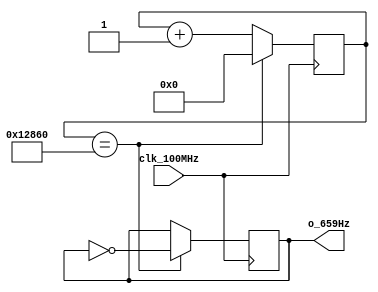
// This program was cloned from: https://github.com/FPGADude/Digital-Design
// License: GNU General Public License v3.0

`timescale 1ns / 1ps
//////////////////////////////////////////////////////////////////////////////////
// Authored by David J. Marion aka FPGA Dude
// Created on 4/29/2022
// Using Vivado 2021.2
// Generating 659Hz signal for music tone 'eH'
//////////////////////////////////////////////////////////////////////////////////

module eH_659Hz(
    input clk_100MHz,
    output o_659Hz    
    );
    
    // 100MHz / 75,872 / 2 = 659.0046Hz
    reg r_659Hz;
    reg [16:0] r_counter = 0;
    
    always @(posedge clk_100MHz)
        if(r_counter == 17'd75_872) begin
            r_counter <= 0;
            r_659Hz <= ~r_659Hz;
            end
        else
            r_counter <= r_counter + 1;

    assign o_659Hz = r_659Hz;
    
endmodule